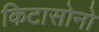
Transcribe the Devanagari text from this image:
किटासोनो